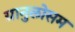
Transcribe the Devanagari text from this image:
ग्रानुलोसम